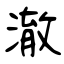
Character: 澈